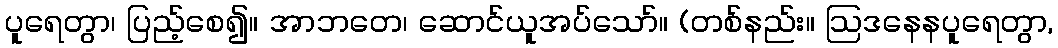
ပူရေတွာ၊ ပြည့်စေ၍။ အာဘတေ၊ ဆောင်ယူအပ်သော်။ (တစ်နည်း။ ဩဒနေနပူရေတွာ,